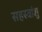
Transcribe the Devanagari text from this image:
सहस्त्रांशु